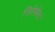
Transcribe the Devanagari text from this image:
गिरोपोस्ट